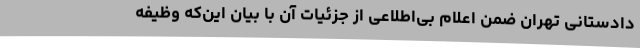
دادستانی تهران ضمن اعلام بی‌اطلاعی از جزئیات آن با بیان این‌که وظیفه